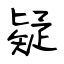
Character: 疑